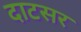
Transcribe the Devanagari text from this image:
दाटसर